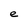
Character: e